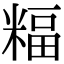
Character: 𥻅